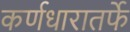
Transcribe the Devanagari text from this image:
कर्णधारातर्फे